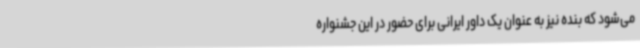
می‌شود که بنده نیز به عنوان یک داور ایرانی برای حضور در این جشنواره